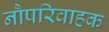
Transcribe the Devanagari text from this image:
नौपरिवाहक